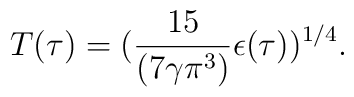
T(\tau)=({15 \over (7 \gamma \pi^3)}{\epsilon(\tau)})^{1/4}.